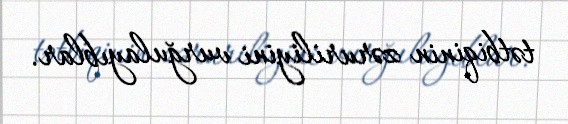
tətbiqinin zəruriliyini vurğulayıblar.